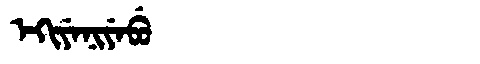
Manchu: ᡝᡴᡳᠶᡝᠨᡳᠶᡝᠪᡠ
Romanization: EKIYENIYEBU